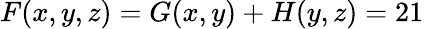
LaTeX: F(x,y,z)=G(x,y)+H(y,z)=21